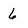
Character: 6